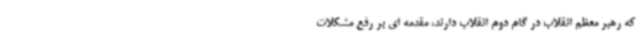
که رهبر معظم انقلاب در گام دوم انقلاب دارند، مقدمه ای بر رفع مشکلات